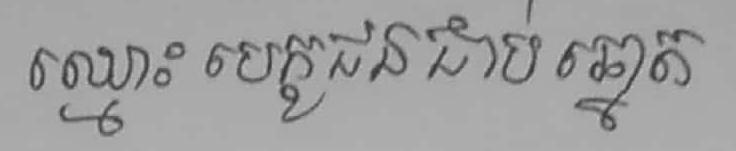
ឈ្មោះបេក្ខជនជាប់ឆ្នោត